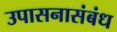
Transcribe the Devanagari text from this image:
उपासनासंबंध